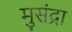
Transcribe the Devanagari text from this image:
मुसंद्रा